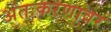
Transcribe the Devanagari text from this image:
अंतःकरणावर